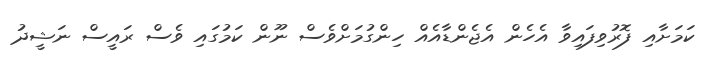
ކަމަށާއި ފޮރުވިފައިވާ އެހެން އެޖެންޑާއެއް ހިންގުމަށްވެސް ނޫން ކަމުގައި ވެސް ރައީސް ނަޝީދު